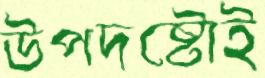
উপদষ্টোই